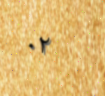
٠٢